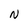
Character: N